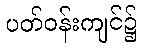
ပတ်ဝန်းကျင်၌